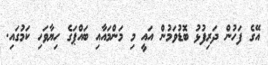
އޭގެ ފަހުން ދަރިފުޅު ބޮޑުވަމުން އައީ މި މަންމައާއި ބައްޕަގެ ހިޔާވަހި ކަމުގައި.